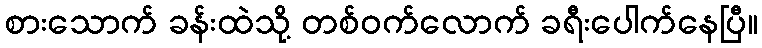
စားသောက် ခန်းထဲသို့ တစ်ဝက်လောက် ခရီးပေါက်နေပြီ။